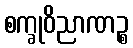
စက္ခုဝိညာဏဉ္စ